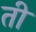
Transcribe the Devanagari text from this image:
ती